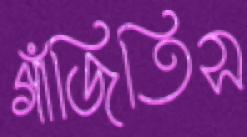
গাঁজিতিস